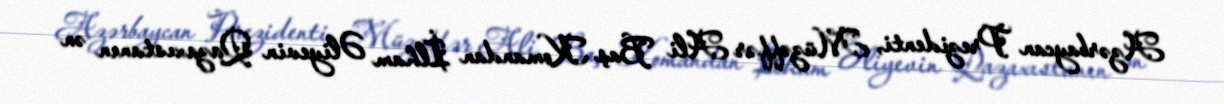
Azərbaycan Prezidenti, Müzəffər Ali Baş Komandan İlham Əliyevin Qazaxıstanın ən